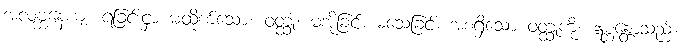
အလဗ္ဘနေယျံ၊ ရခြင်းငှာ မထိုက်သော။ ဝတ္ထုံ၊ မအိုခြင်း မသေခြင်း အစရှိသော ဝတ္ထုကို။ ဣစ္ဆန္တောသည်။